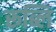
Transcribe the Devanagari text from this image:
रूब्लि